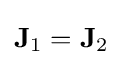
\mathbf {J} _{1}=\mathbf {J} _{2}\